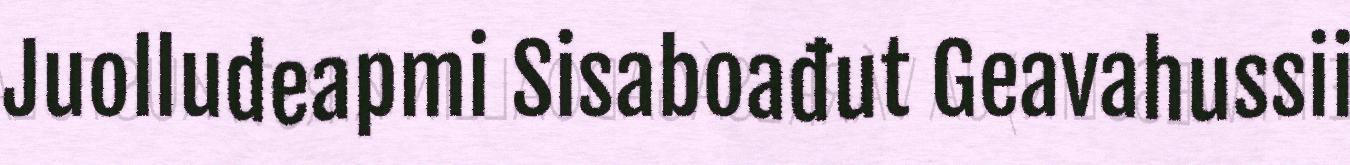
Juolludeapmi Sisaboađut Geavahussii